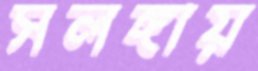
সলঙ্গায়